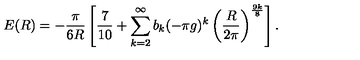
E ( R ) = - \frac { \pi } { 6 R } \left[ { \frac { 7 } { 1 0 } } + \sum _ { k = 2 } ^ { \infty } b _ { k } ( - \pi g ) ^ { k } \left( \frac { R } { 2 \pi } \right) ^ { \frac { 9 k } { 8 } } \right] .